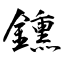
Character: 鑂